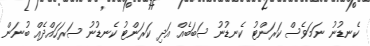
ކެނޑުނު ނަމަވެސް ކަރަންޓު ކެނޑުނު ސަބަބެއް އަދި ކަރަންޓު ކެނޑުނު ސަރަހައްދެއް ބުނަން